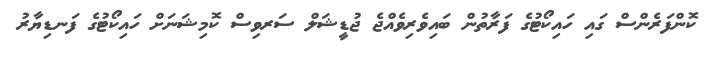
ކޮންފަރެންސް ގައި ހައިކޯޓުގެ ފަރާތުން ބައިވެރިވެއްޖެ ޖުޑީޝަލް ސަރވިސް ކޮމިޝަނަށް ހައިކޯޓުގެ ފަނޑިޔާރު